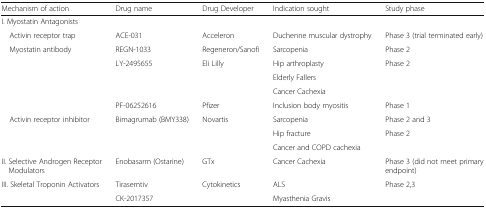
<table><thead><tr><td><b>Mechanism of action</b></td><td><b>Drug name</b></td><td><b>Drug Developer</b></td><td><b>Indication sought</b></td><td><b>Study phase</b></td></tr></thead><tbody><tr><td colspan="5">I. Myostatin Antagonists</td></tr><tr><td> Activin receptor trap</td><td>ACE-031</td><td>Acceleron</td><td>Duchenne muscular dystrophy</td><td>Phase 3 (trial terminated early)</td></tr><tr><td> Myostatin antibody</td><td>REGN-1033</td><td>Regeneron/Sanofi</td><td>Sarcopenia</td><td>Phase 2</td></tr><tr><td rowspan="3"></td><td rowspan="3">LY-2495655</td><td rowspan="3">Eli Lilly</td><td>Hip arthroplasty</td><td rowspan="3">Phase 2</td></tr><tr><td>Elderly Fallers</td></tr><tr><td>Cancer Cachexia</td></tr><tr><td></td><td>PF-06252616</td><td>Pfizer</td><td>Inclusion body myositis</td><td>Phase 1</td></tr><tr><td rowspan="3"> Activin receptor inhibitor</td><td rowspan="3">Bimagrumab (BMY338)</td><td rowspan="3">Novartis</td><td>Sarcopenia</td><td>Phase 2 and 3</td></tr><tr><td>Hip fracture</td><td>Phase 2</td></tr><tr><td>Cancer and COPD cachexia</td><td></td></tr><tr><td>II. Selective Androgen Receptor Modulators</td><td>Enobasarm (Ostarine)</td><td>GTx</td><td>Cancer Cachexia</td><td>Phase 3 (did not meet primary endpoint)</td></tr><tr><td rowspan="2">III. Skeletal Troponin Activators</td><td>Tirasemtiv</td><td rowspan="2">Cytokinetics</td><td>ALS</td><td rowspan="2">Phase 2,3</td></tr><tr><td>CK-2017357</td><td>Myasthenia Gravis</td></tr></tbody></table>